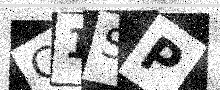
Text: C1SP